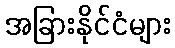
အခြားနိုင်ငံများ